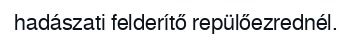
hadászati felderítő repülőezrednél.